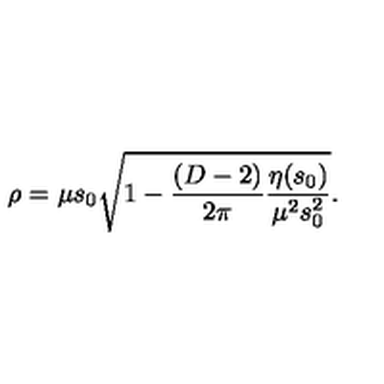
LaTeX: \rho = \mu s _ { 0 } \sqrt { 1 - \frac { ( D - 2 ) } { 2 \pi } \frac { \eta ( s _ { 0 } ) } { \mu ^ { 2 } s _ { 0 } ^ { 2 } } } .